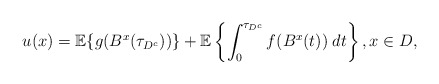
\begin{align*} u(x)=\mathbb{E}\{g(B^x(\tau_{D^c}))\}+\mathbb{E}\left\{\int_0^{\tau_{D^c}}f(B^x(t))\;dt\right\}, x\in D, \end{align*}